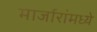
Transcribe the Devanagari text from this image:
मार्जारांमध्ये